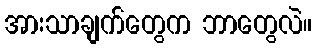
အားသာချက်တွေက ဘာတွေလဲ။